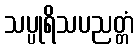
သပ္ပုရိသပညတ္တံ